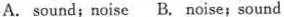
A. sound;noise B. Noise;sound